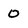
Character: 0